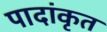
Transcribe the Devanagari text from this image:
पादांकृत